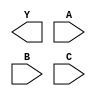
module sky130_fd_sc_hdll__nand3 (
    Y,
    A,
    B,
    C
);

    output Y;
    input  A;
    input  B;
    input  C;

    // Voltage supply signals
    supply1 VPWR;
    supply0 VGND;
    supply1 VPB ;
    supply0 VNB ;

endmodule